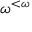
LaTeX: \omega ^ { < \omega }